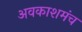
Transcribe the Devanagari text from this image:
अवकाशमंच